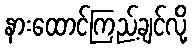
နားထောင်ကြည့်ချင်လို့